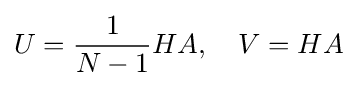
U={\frac {1}{N-1}}HA,\quad V=HA